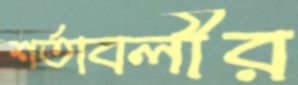
শর্তাবলীর